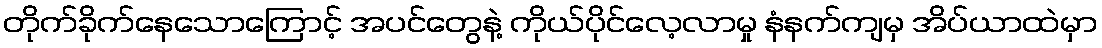
တိုက်ခိုက်နေသောကြောင့် အပင်တွေနဲ့ ကိုယ်ပိုင်လေ့လာမှု နံနက်ကျမှ အိပ်ယာထဲမှာ